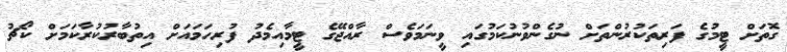
ގޮތަށް ޓީމުގެ ފަރިތަކުރުންތަށް ނުގެންވުނުކަމުގައި ވީނަމަވެސް ރާއްޖޭގެ ޓީމާއިމެދު ފުރިހަމައަށް އިތުބާރުކުރާކަމަށް ކޯޗު